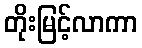
တိုးမြင့်လာကာ